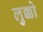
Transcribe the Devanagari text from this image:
लुक्को